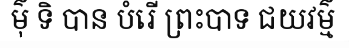
ម៌ុ ទិ បាន បំរើ ព្រះបាទ ជយវម៌្ម